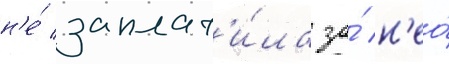
н'е́ заплат'и́ла за́ н'ео́